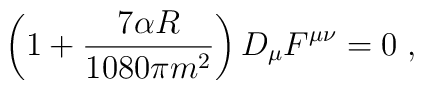
\left( 1+ \frac{7 \alpha R}{1080 \pi m^2} \right) D_{\mu} F^{\mu\nu}=0\; ,